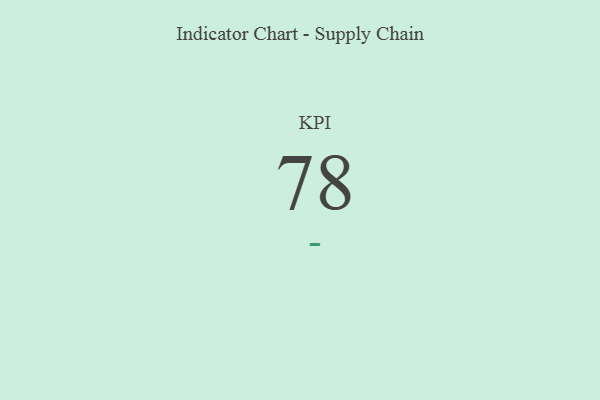
{"axis": {"x": "KPI", "y": "Value"}, "legend": [""], "data": [{"x": "KPI", "y": 78, "type": ""}]}